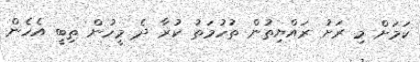
ކަމަށް މި ރަށު ރައްޔިތުން ތުހުމަތު ކުރާ ދެ މީހުން ތިބީ އެހެން